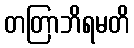
တတြာဘိရမတိ